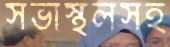
সভাস্থলসহ